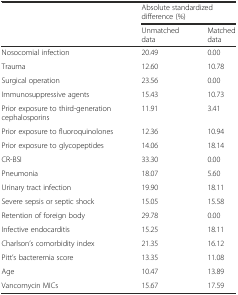
<table><thead><tr><td></td><td colspan="2"><b>Absolute standardized difference (%)</b></td></tr><tr><td></td><td><b>Unmatched data</b></td><td><b>Matched data</b></td></tr></thead><tbody><tr><td>Nosocomial infection</td><td>20.49</td><td>0.00</td></tr><tr><td>Trauma</td><td>12.60</td><td>10.78</td></tr><tr><td>Surgical operation</td><td>23.56</td><td>0.00</td></tr><tr><td>Immunosuppressive agents</td><td>15.43</td><td>10.73</td></tr><tr><td>Prior exposure to third-generation cephalosporins</td><td>11.91</td><td>3.41</td></tr><tr><td>Prior exposure to fluoroquinolones</td><td>12.36</td><td>10.94</td></tr><tr><td>Prior exposure to glycopeptides</td><td>14.06</td><td>18.14</td></tr><tr><td>CR-BSI</td><td>33.30</td><td>0.00</td></tr><tr><td>Pneumonia</td><td>18.07</td><td>5.60</td></tr><tr><td>Urinary tract infection</td><td>19.90</td><td>18.11</td></tr><tr><td>Severe sepsis or septic shock</td><td>15.05</td><td>15.58</td></tr><tr><td>Retention of foreign body</td><td>29.78</td><td>0.00</td></tr><tr><td>Infective endocarditis</td><td>15.25</td><td>18.11</td></tr><tr><td>Charlson’s comorbidity index</td><td>21.35</td><td>16.12</td></tr><tr><td>Pitt’s bacteremia score</td><td>13.35</td><td>11.08</td></tr><tr><td>Age</td><td>10.47</td><td>13.89</td></tr><tr><td>Vancomycin MICs</td><td>15.67</td><td>17.59</td></tr></tbody></table>